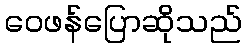
ဝေဖန်ပြောဆိုသည်